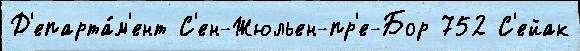
Д'епарта́м'ент С'ен-Жюльен-пр'е-Бор 752 С'ейак